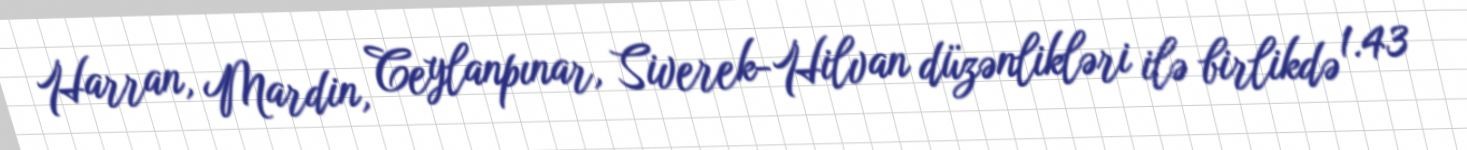
Harran, Mardin, Ceylanpınar, Siverek-Hilvan düzənlikləri ilə birlikdə 1.43